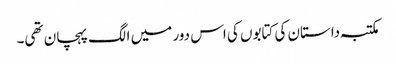
مکتبہ داستان کی کتابوں کی اس دور میں الگ پہچان تھی۔